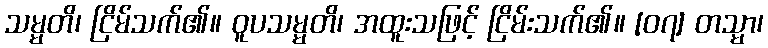
သမ္မတိ၊ ငြိမ်သက်၏။ ဝူပသမ္မတိ၊ အထူးသဖြင့် ငြိမ်းသက်၏။ [၀၇] တသ္မာ၊